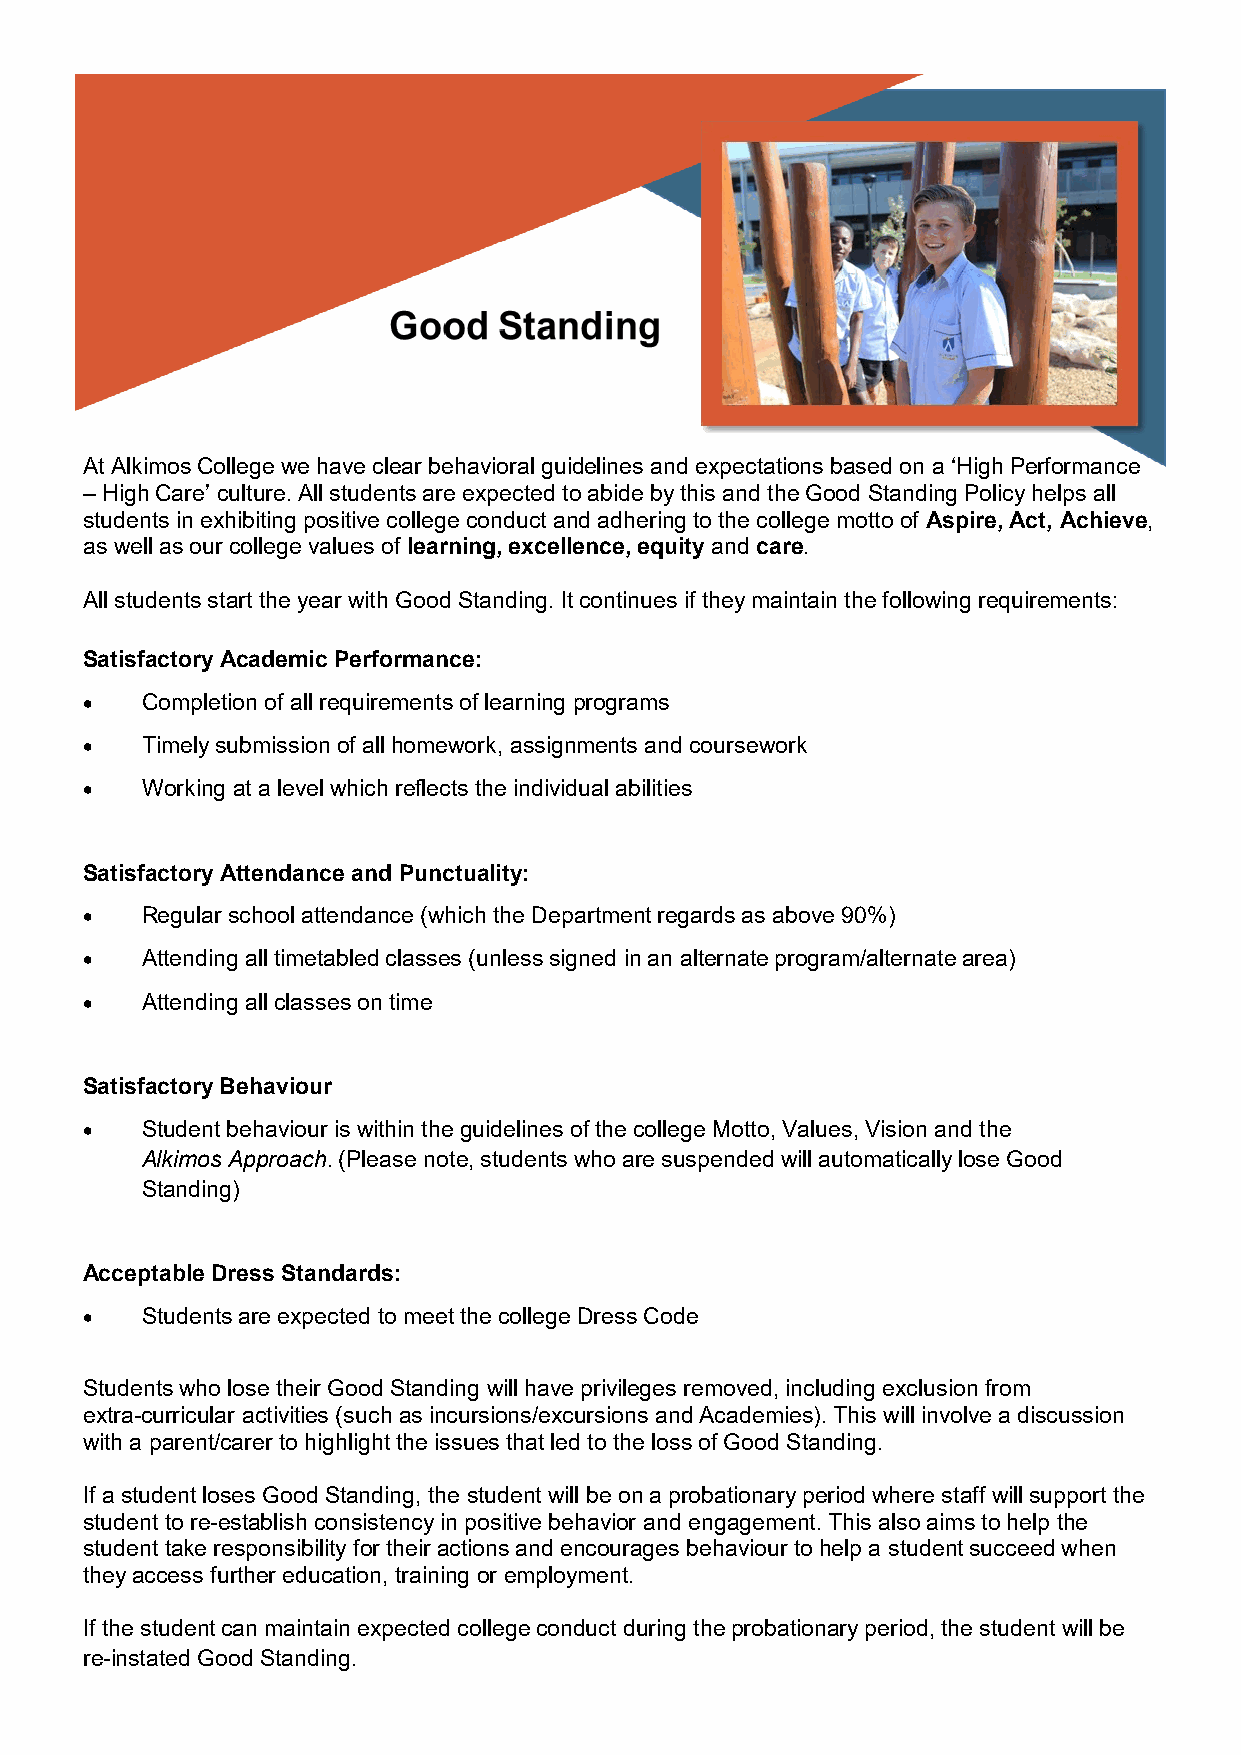
At Alkimos College we have clear behavioral guidelines and expectations based on a ‘High Performance
 – High Care’ culture. All students are expected to abide by this and the Good Standing Policy helps all
 students in exhibiting positive college conduct and adhering to the college motto of Aspire, Act, Achieve,
 as well as our college values of learning, excellence, equity and care.
 All students start the year with Good Standing. It continues if they maintain the following requirements:
 Satisfactory Academic Performance:
 •   Completion of all requirements of learning programs
 •   Timely submission of all homework, assignments and coursework
 •   Working at a level which reflects the individual abilities
 Satisfactory Attendance and Punctuality:
 •   Regular school attendance (which the Department regards as above 90%)
 •   Attending all timetabled classes (unless signed in an alternate program/alternate area)
 •   Attending all classes on time
 Satisfactory Behaviour
 •   Student behaviour is within the guidelines of the college Motto, Values, Vision and the
 Alkimos Approach. (Please note, students who are suspended will automatically lose Good
 Standing)
 Acceptable Dress Standards:
 •   Students are expected to meet the college Dress Code
 Students who lose their Good Standing will have privileges removed, including exclusion from
 extra-curricular activities (such as incursions/excursions and Academies). This will involve a discussion
 with a parent/carer to highlight the issues that led to the loss of Good Standing.
 If a student loses Good Standing, the student will be on a probationary period where staff will support the
 student to re-establish consistency in positive behavior and engagement. This also aims to help the
 student take responsibility for their actions and encourages behaviour to help a student succeed when
 they access further education, training or employment.
 If the student can maintain expected college conduct during the probationary period, the student will be
 re-instated Good Standing.